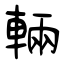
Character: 輛